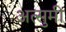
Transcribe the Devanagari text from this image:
अत्सुमी